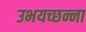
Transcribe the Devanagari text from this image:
उभयच्छन्ना